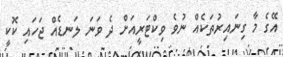
އޭގެ މާ ގިނައިރުތަކެއް ނުވެ ވިކްޓަރީއަށް ދެ ވަނަ ލަނޑެއް ޖަހައި ކޮކީ